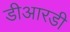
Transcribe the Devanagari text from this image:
डीआरडी